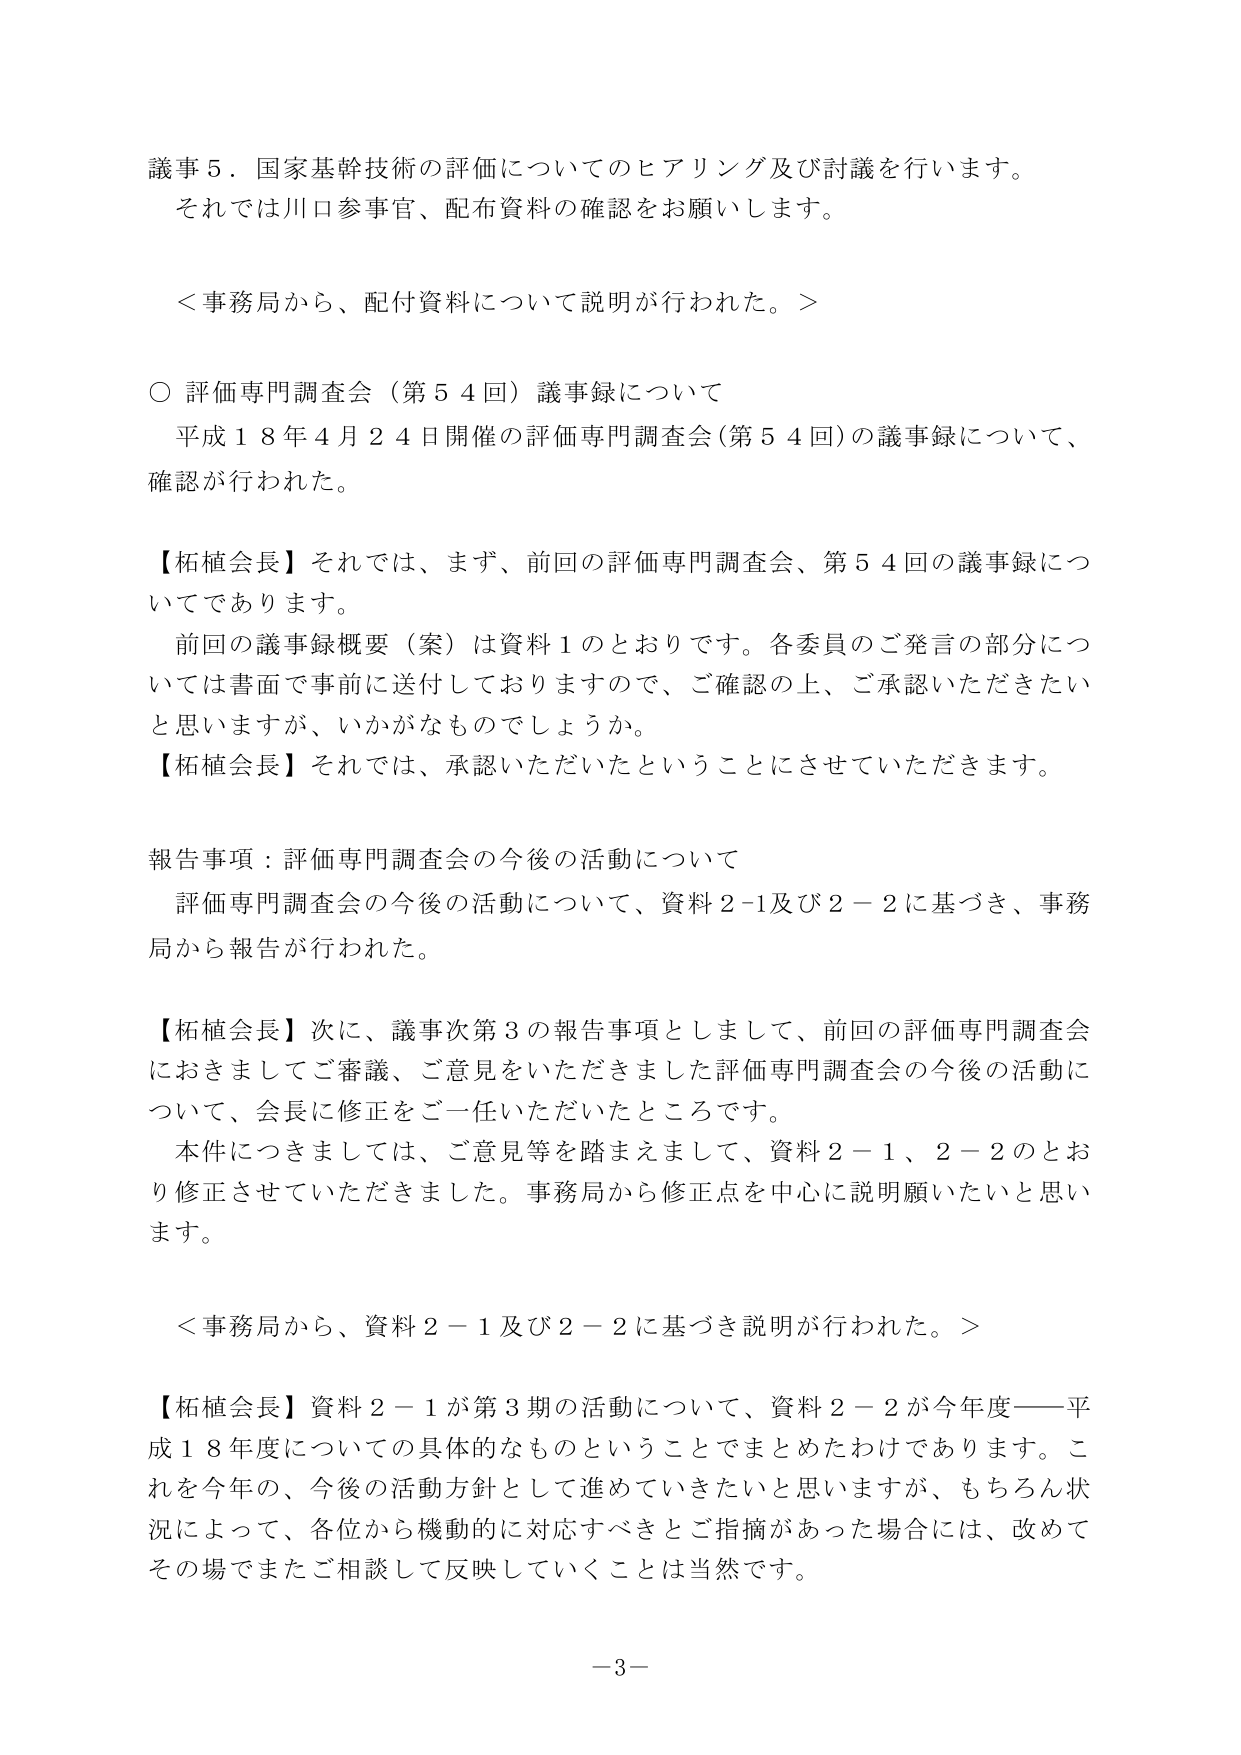
議事５．国家基幹技術の評価についてのヒアリング及び討議を行います。
それでは川口参事官、配布資料の確認をお願いします。

＜事務局から、配付資料について説明が行われた。＞

○ 評価専門調査会（第５４回）議事録について
　平成１８年４月２４日開催の評価専門調査会（第５４回）の議事録について、
　確認が行われた。

【柘植会長】それでは、まず、前回の評価専門調査会、第５４回の議事録についてであります。
　前回の議事録概要（案）は資料１のとおりです。各委員のご発言の部分については書面で事前に送付しておりますので、ご確認の上、ご承認いただきたいと思いますが、いかがなものでしょうか。
【柘植会長】それでは、承認いただいたということにさせていただきます。

報告事項：評価専門調査会の今後の活動について
　評価専門調査会の今後の活動について、資料２－１及び２－２に基づき、事務局から報告が行われた。

【柘植会長】次に、議事次第３の報告事項としまして、前回の評価専門調査会におきましてご審議、ご意見をいただきました評価専門調査会の今後の活動について、会長に修正をご一任いただいたところです。
　本件につきましては、ご意見等を踏まえまして、資料２－１、２－２のとおり修正させていただきました。事務局から修正点を中心に説明願いたいと思います。

＜事務局から、資料２－１及び２－２に基づき説明が行われた。＞

【柘植会長】資料２－１が第３期の活動について、資料２－２が今年度――平成１８年度についての具体的なものということでまとめたわけであります。これを今年の、今後の活動方針として進めていきたいと思いますが、もちろん状況によって、各位から機動的に対応すべきとご指摘があった場合には、改めてその場でまたご相談して反映していくことは当然です。

－３－